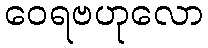
ဝေရဗဟုလော